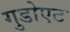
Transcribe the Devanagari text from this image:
गुडोएट